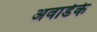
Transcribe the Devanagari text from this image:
अवार्डके